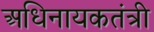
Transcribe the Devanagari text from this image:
अधिनायकतंत्री